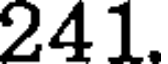
241.